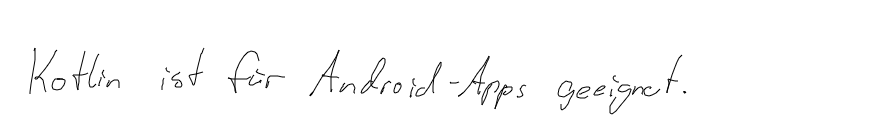
Kotlin ist für Android-Apps geeignet.